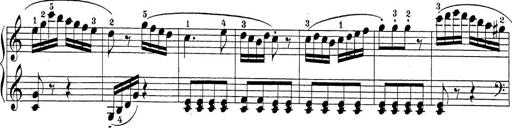
Title: Sonatina Album
Composer: Louis KÃ¶hler